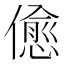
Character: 𠏚